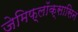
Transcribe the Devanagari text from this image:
जेमिफ़्लॉक्सासिन